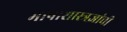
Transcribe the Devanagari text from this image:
भाषाशास्त्रज्ञांची